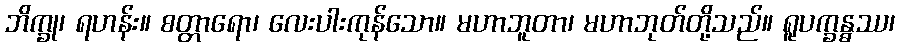
ဘိက္ခု၊ ရဟန်း။ စတ္တာရော၊ လေးပါးကုန်သော။ မဟာဘူတာ၊ မဟာဘုတ်တို့သည်။ ရူပက္ခန္ဓဿ၊